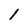
Character: 1